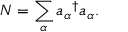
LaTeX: N = \sum _ { \alpha } { a _ { \alpha } } ^ { \dagger } a _ { \alpha } .